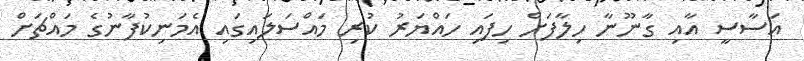
އަސާސީ އާއި ގާނޫނާ ހިލާފަށް ހިފައި ހައްޔަރު ކުރި މައްސަލައިގައި އެމަނިކުފާނުގެ މައްޗަށް